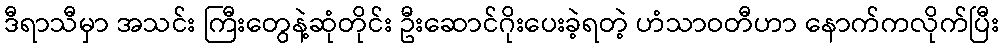
ဒီရာသီမှာ အသင်း ကြီးတွေနဲ့ဆုံတိုင်း ဦးဆောင်ဂိုးပေးခဲ့ရတဲ့ ဟံသာဝတီဟာ နောက်ကလိုက်ပြီး